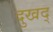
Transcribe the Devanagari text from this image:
दुखद्